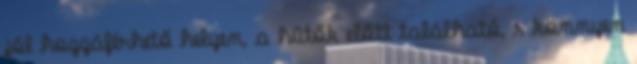
jól hozzáférhető helyen, a hűtők előtt található, s könnyen